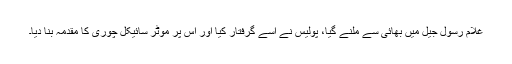
غلام رسول جیل میں بھائی سے ملنے گیا، پولیس نے اسے گرفتار کیا اور اس پر موٹر سائیکل چوری کا مقدمہ بنا دیا۔